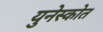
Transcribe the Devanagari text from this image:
युनेस्कोत